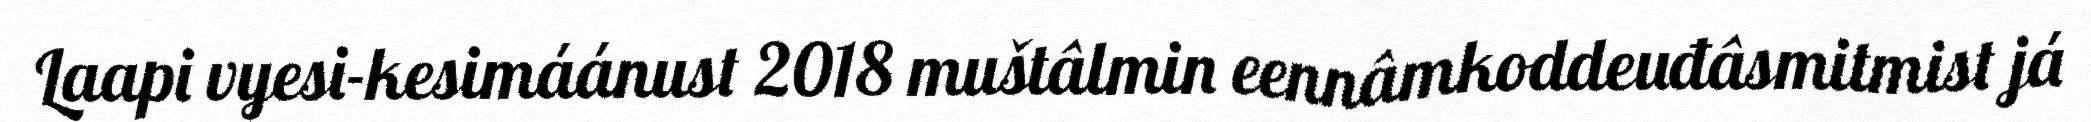
Laapi vyesi-kesimáánust 2018 muštâlmin eennâmkoddeuđâsmitmist já